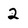
Character: 2